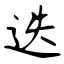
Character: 迭